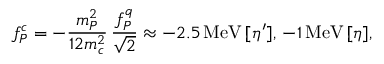
f _ { P } ^ { c } = - \frac { m _ { P } ^ { 2 } } { 1 2 m _ { c } ^ { 2 } } \, \frac { f _ { P } ^ { q } } { \sqrt { 2 } } \approx - 2 . 5 \, \mathrm { M e V } \, [ \eta ^ { \prime } ] , \, - 1 \, \mathrm { M e V } \, [ \eta ] ,